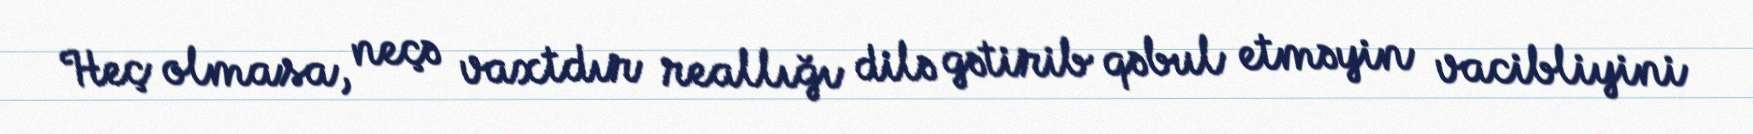
Heç olmasa, neçə vaxtdır reallığı dilə gətirib qəbul etməyin vacibliyini